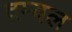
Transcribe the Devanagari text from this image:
दम्बल